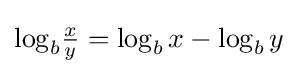
{\textstyle \log _{b}\!{\frac {x}{y}}=\log _{b}x-\log _{b}y}